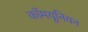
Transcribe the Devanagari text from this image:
कॉमयूनियन